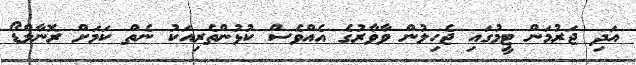
އަދި ޖަރުމަން ޓީމުގައި ޖެހިލުން ވާވާރުގެ އެއްވެސް ކުޅުންތެރިއަކު ނެތް ކަމަށް ރޮނާލްޑޯ